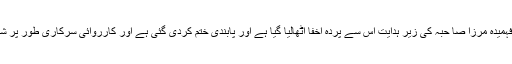
اب قریباً چار دہائیوں کے بعد قومی اسمبلی کی سپیکر محترمہ فہمیدہ مرزا صا حبہ کی زیر ہدایت اس سے پردہ اخفا اٹھالیا گیا ہے اور پابندی ختم کردی گئی ہے اور کارروائی سرکاری طور پر شائع بھی کردی گئی ہے مگر یہ کارروائی بالعموم دستیاب نہیں۔